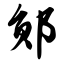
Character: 郧